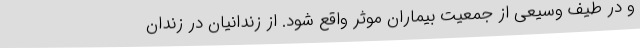
و در طیف وسیعی از جمعیت بیماران موثر واقع شود. از زندانیان در زندان